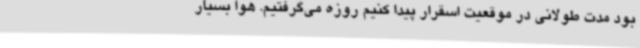
بود مدت طولانی در موقعیت اسقرار پیدا کنیم روزه می‌گرفتیم. هوا بسیار